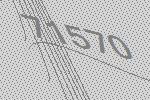
71570